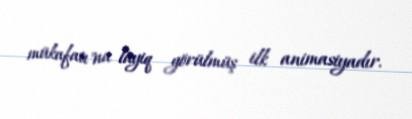
mükafatı"na layiq görülmüş ilk animasiyadır.